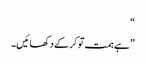
“
”ہے ہمت تو کرکے دکھائیں۔